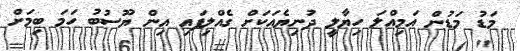
މަޑު މަޑުން އަމިއްލަ ހިޔާލީ ދުނިޔެއަކަށް ގެއްލިފައި އިން ޔޫސުބު ހަމަ ބިމަށް